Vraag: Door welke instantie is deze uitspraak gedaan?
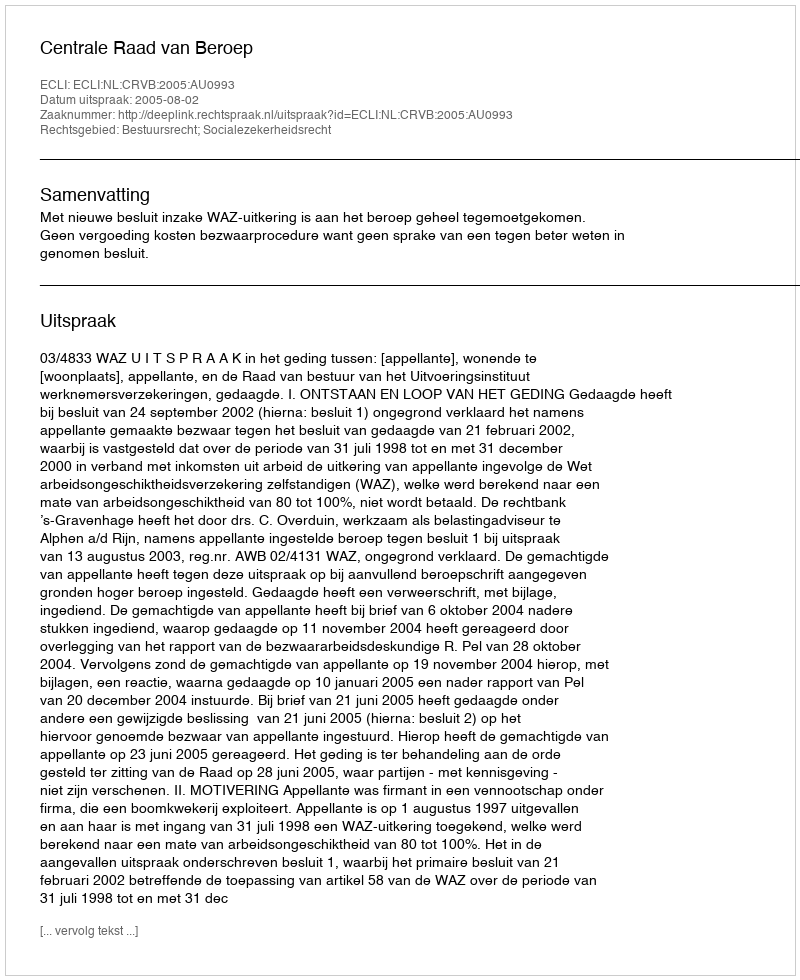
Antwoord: Centrale Raad van Beroep